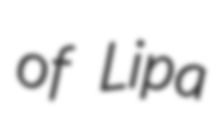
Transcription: of Lipa